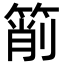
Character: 箾